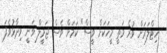
ހިޓްލަރަށް ވުރެ މަތީ މީހަކަށް ވީސް" ކަމަށް ވެސް ޖަމީލް ވަނީ ވިދާޅުވެފަ